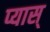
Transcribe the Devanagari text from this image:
प्यास्